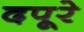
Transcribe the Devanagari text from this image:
दपूरे